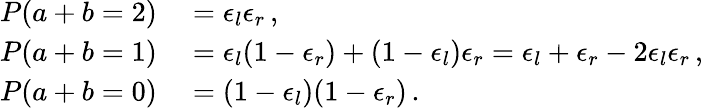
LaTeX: \begin{array}{rl}{P(a+b=2)}&{{}=\epsilon_{l}\epsilon_{r}\, ,}\\ {P(a+b=1)}&{{}=\epsilon_{l}(1-\epsilon_{r})+(1-\epsilon_{l})\epsilon_{r}=\epsilon_{l}+\epsilon_{r}-2\epsilon_{l}\epsilon_{r}\, ,}\\ {P(a+b=0)}&{{}=(1-\epsilon_{l})(1-\epsilon_{r})\, .}\end{array}